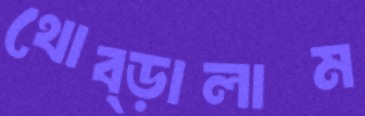
থোব্‌ড়ালাম